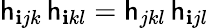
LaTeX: \mathsf{h}_{\mathbf{i}jk}\, \mathsf{h}_{\mathbf{i}kl}=\mathsf{h}_{jkl}\, \mathsf{h}_{\mathbf{i}jl}